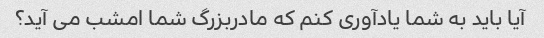
آیا باید به شما یادآوری کنم که مادربزرگ شما امشب می آید؟